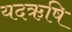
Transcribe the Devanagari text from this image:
यदऋषि